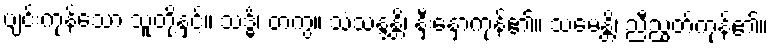
ပျင်းကုန်သော သူတို့နှင့်။ သဒ္ဓိံ၊ တကွ။ သံသန္ဒန္တိ၊ နှီးနှောကုန်၏။ သမေန္တိ၊ ညီညွတ်ကုန်၏။